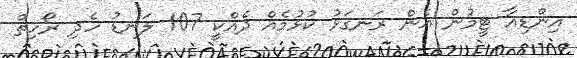
އިންޑިއާ ޓީމުން އެންެ ރަނގަޅު ކުޅުމެއް ދެއްކީ 107 ލަނޑު ހެދި ރޯހިތް